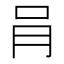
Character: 肙